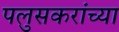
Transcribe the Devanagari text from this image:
पलुसकरांच्या